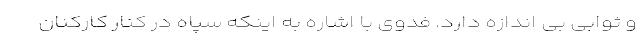
و ثوابی بی اندازه دارد. فدوی با اشاره به اینکه سپاه در کنار کارکنان